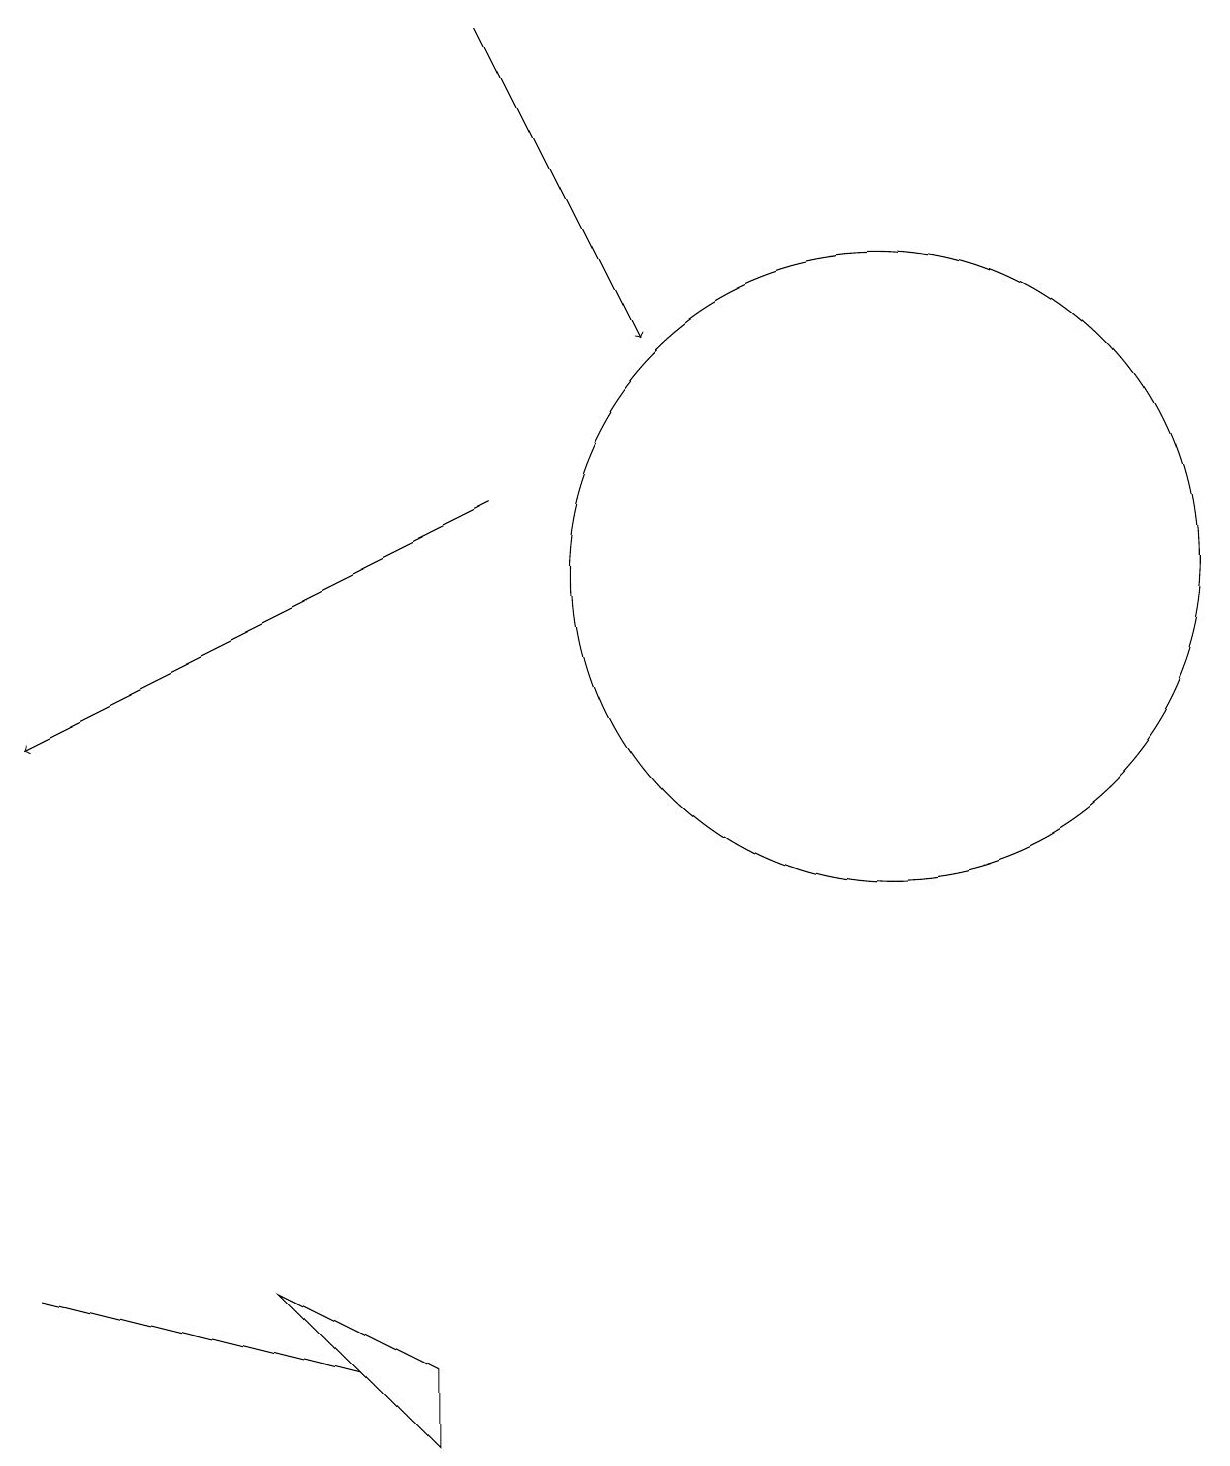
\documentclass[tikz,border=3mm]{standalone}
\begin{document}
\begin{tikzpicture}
\draw[->] (6,13) -- (0,10);
\draw (5,1) -- (3,3) -- (5,2) -- cycle;
\draw (11,12) circle (4);
\draw[->] (6,19) -- (8,15);
\draw (0,3) -- (4,2) -- (4,2) -- cycle;
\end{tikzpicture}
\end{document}